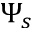
\Psi _ { s }